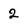
Character: 2